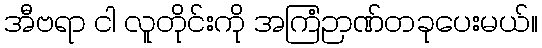
အီဗရာ ငါ လူတိုင်းကို အကြံဉာဏ်တခုပေးမယ်။